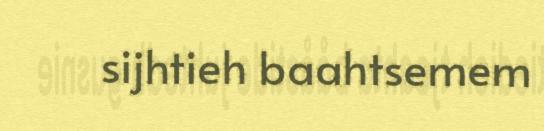
sijhtieh baahtsemem